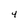
Character: 4